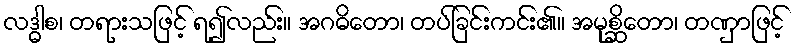
လဒ္ဓါစ၊ တရားသဖြင့် ရ၍လည်း။ အဂဓိတော၊ တပ်ခြင်းကင်း၏။ အမုစ္ဆိတော၊ တဏှာဖြင့်